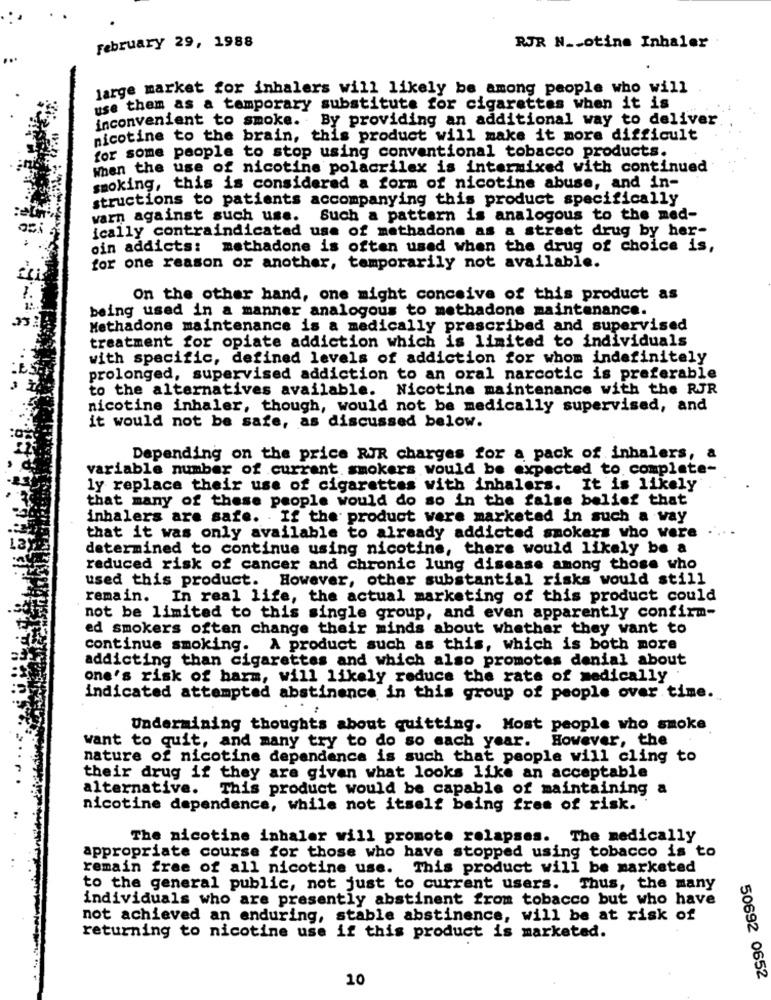
February 29, 1988
RJR N __ otine Inhaler
large market for inhalers will likely be among people who will
use them as a temporary substitute for cigarettes when it is
inconvenient to smoke. By providing an additional way to deliver
nicotine to the brain, this product will make it more difficult
for some people to stop using conventional tobacco products.
When the use of nicotine polacrilex is intermixed with continued
smoking, this is considered a form of nicotine abuse, and in-
structions to patients accompanying this product specifically
warn against such use.
Such a pattern is analogous to the med-
ically contraindicated use of methadone as a street drug by her-
oin addicts: methadone is often used when the drug of choice is,
for one reason or another, temporarily not available.
On the other hand, one might conceive of this product as
being used in a manner analogous to methadone maintenance.
Methadone maintenance is a medically prescribed and supervised
treatment for opiate addiction which is limited to individuals
with specific, defined levels of addiction for whom indefinitely
prolonged, supervised addiction to an oral narcotic is preferable
to the alternatives available. Nicotine maintenance with the RJR
nicotine inhaler, though, would not be medically supervised, and
it would not be safe, as discussed below.
Depending on the price RJR charges for a pack of inhalers, a
variable number of current smokers would be expected to complete-
ly replace their use of cigarettes with inhalers. It is likely
that many of these people would do so in the false belief that
inhalers are safe. If the product were marketed in such a way
that it was only available to already addicted smokers who were
determined to continue using nicotine, there would likely be a
reduced risk of cancer and chronic lung disease among those who
used this product. However, other substantial risks would still
remain. In real life, the actual marketing of this product could
not be limited to this single group, and even apparently confirm-
ed smokers often change their minds about whether they want to
continue smoking. A product such as this, which is both more
addicting than cigarettes and which also promotes denial about
one's risk of harm, will likely reduce the rate of medically
indicated attempted abstinence in this group of people over time.
Undermining thoughts about quitting. Most people who smoke
However, the
want to quit, and many try to do so each year.
nature of nicotine dependence is such that people will cling to
their drug if they are given what looks like an acceptable
alternative. This product would be capable of maintaining a
nicotine dependence, while not itself being free of risk.
The nicotine inhaler will promote relapses. The medically
appropriate course for those who have stopped using tobacco is to
remain free of all nicotine use. This product will be marketed
to the general public, not just to current users. Thus, the many
individuals who are presently abstinent from tobacco but who have
not achieved an enduring, stable abstinence, will be at risk of
returning to nicotine use if this product is marketed.
10
50692 0652